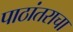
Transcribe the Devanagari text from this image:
पाठांतराचा